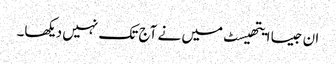
ان جیسا ایتھیسٹ میں نے آج تک نہیں دیکھا۔